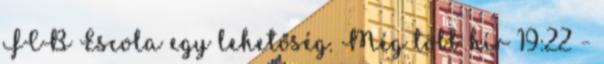
FCB Escola egy lehetőség. Még több hír 19:22 -